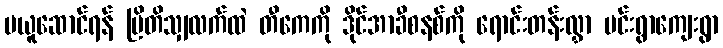
မယူဆောင်ရန် ဗြိတိသျှလက်ထဲ တီကေကို ဒိုင်အာခီစနစ်ကို ရောင်းတန်းလွှာ မင်းရွာကျေးရွာ